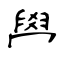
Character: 𦥯